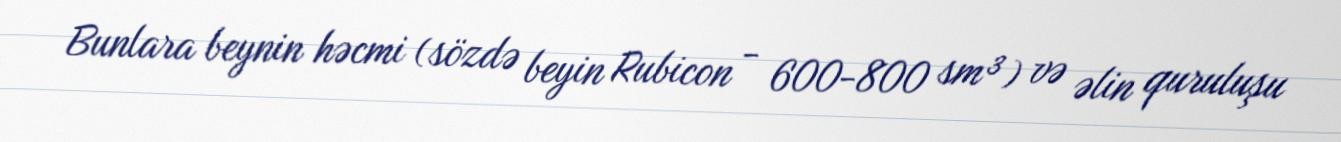
Bunlara beynin həcmi (sözdə beyin Rubicon - 600-800 sm³) və əlin quruluşu